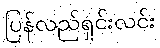
ပြန်လည်ရှင်းလင်း